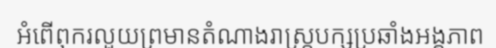
អំពើពុករលួយព្រមានតំណាងរាស្ត្របក្សប្រឆាំងអង្គភាព